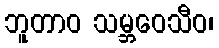
ဘူတာဝ သမ္ဘဝေသီဝ၊